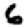
Digit: 6